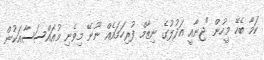
ކަމާ ބެހޭ މީހުން "ޖިނާއީ އަދުލުގެ ނިޒާމް ފުރިހަމައެއް ނޫނޭ މިވެނި މުއައްސަސާއަކުން